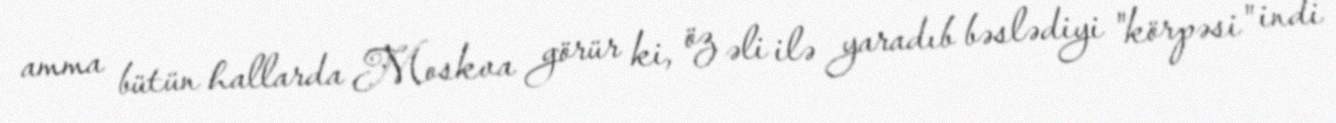
amma bütün hallarda Moskva görür ki, öz əli ilə yaradıb bəslədiyi "körpəsi" indi